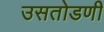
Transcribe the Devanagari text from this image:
उसतोडणी